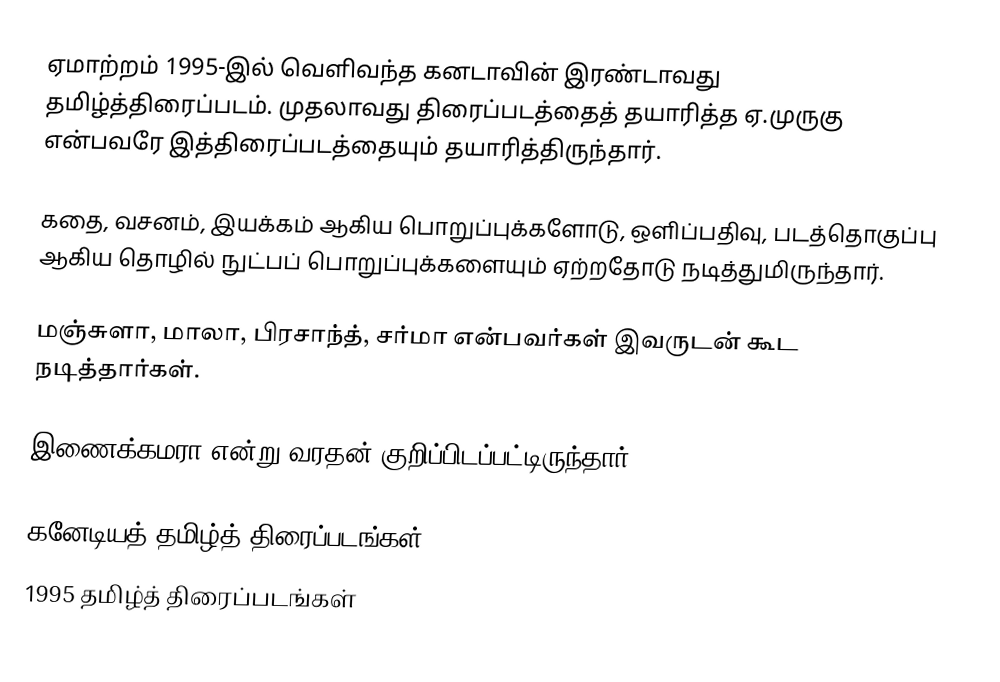
ஏமாற்றம் 1995-இல் வெளிவந்த கனடாவின் இரண்டாவது தமிழ்த்திரைப்படம். முதலாவது திரைப்படத்தைத் தயாரித்த ஏ.முருகு என்பவரே இத்திரைப்படத்தையும் தயாரித்திருந்தார்.

கதை, வசனம், இயக்கம் ஆகிய பொறுப்புக்களோடு, ஒளிப்பதிவு, படத்தொகுப்பு ஆகிய தொழில் நுட்பப் பொறுப்புக்களையும் ஏற்றதோடு நடித்துமிருந்தார்.

மஞ்சுளா, மாலா, பிரசாந்த், சர்மா என்பவர்கள் இவருடன் கூட நடித்தார்கள்.

இணைக்கமரா என்று வரதன் குறிப்பிடப்பட்டிருந்தார்.

கனேடியத் தமிழ்த் திரைப்படங்கள்
1995 தமிழ்த் திரைப்படங்கள்